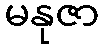
မနုဇာ